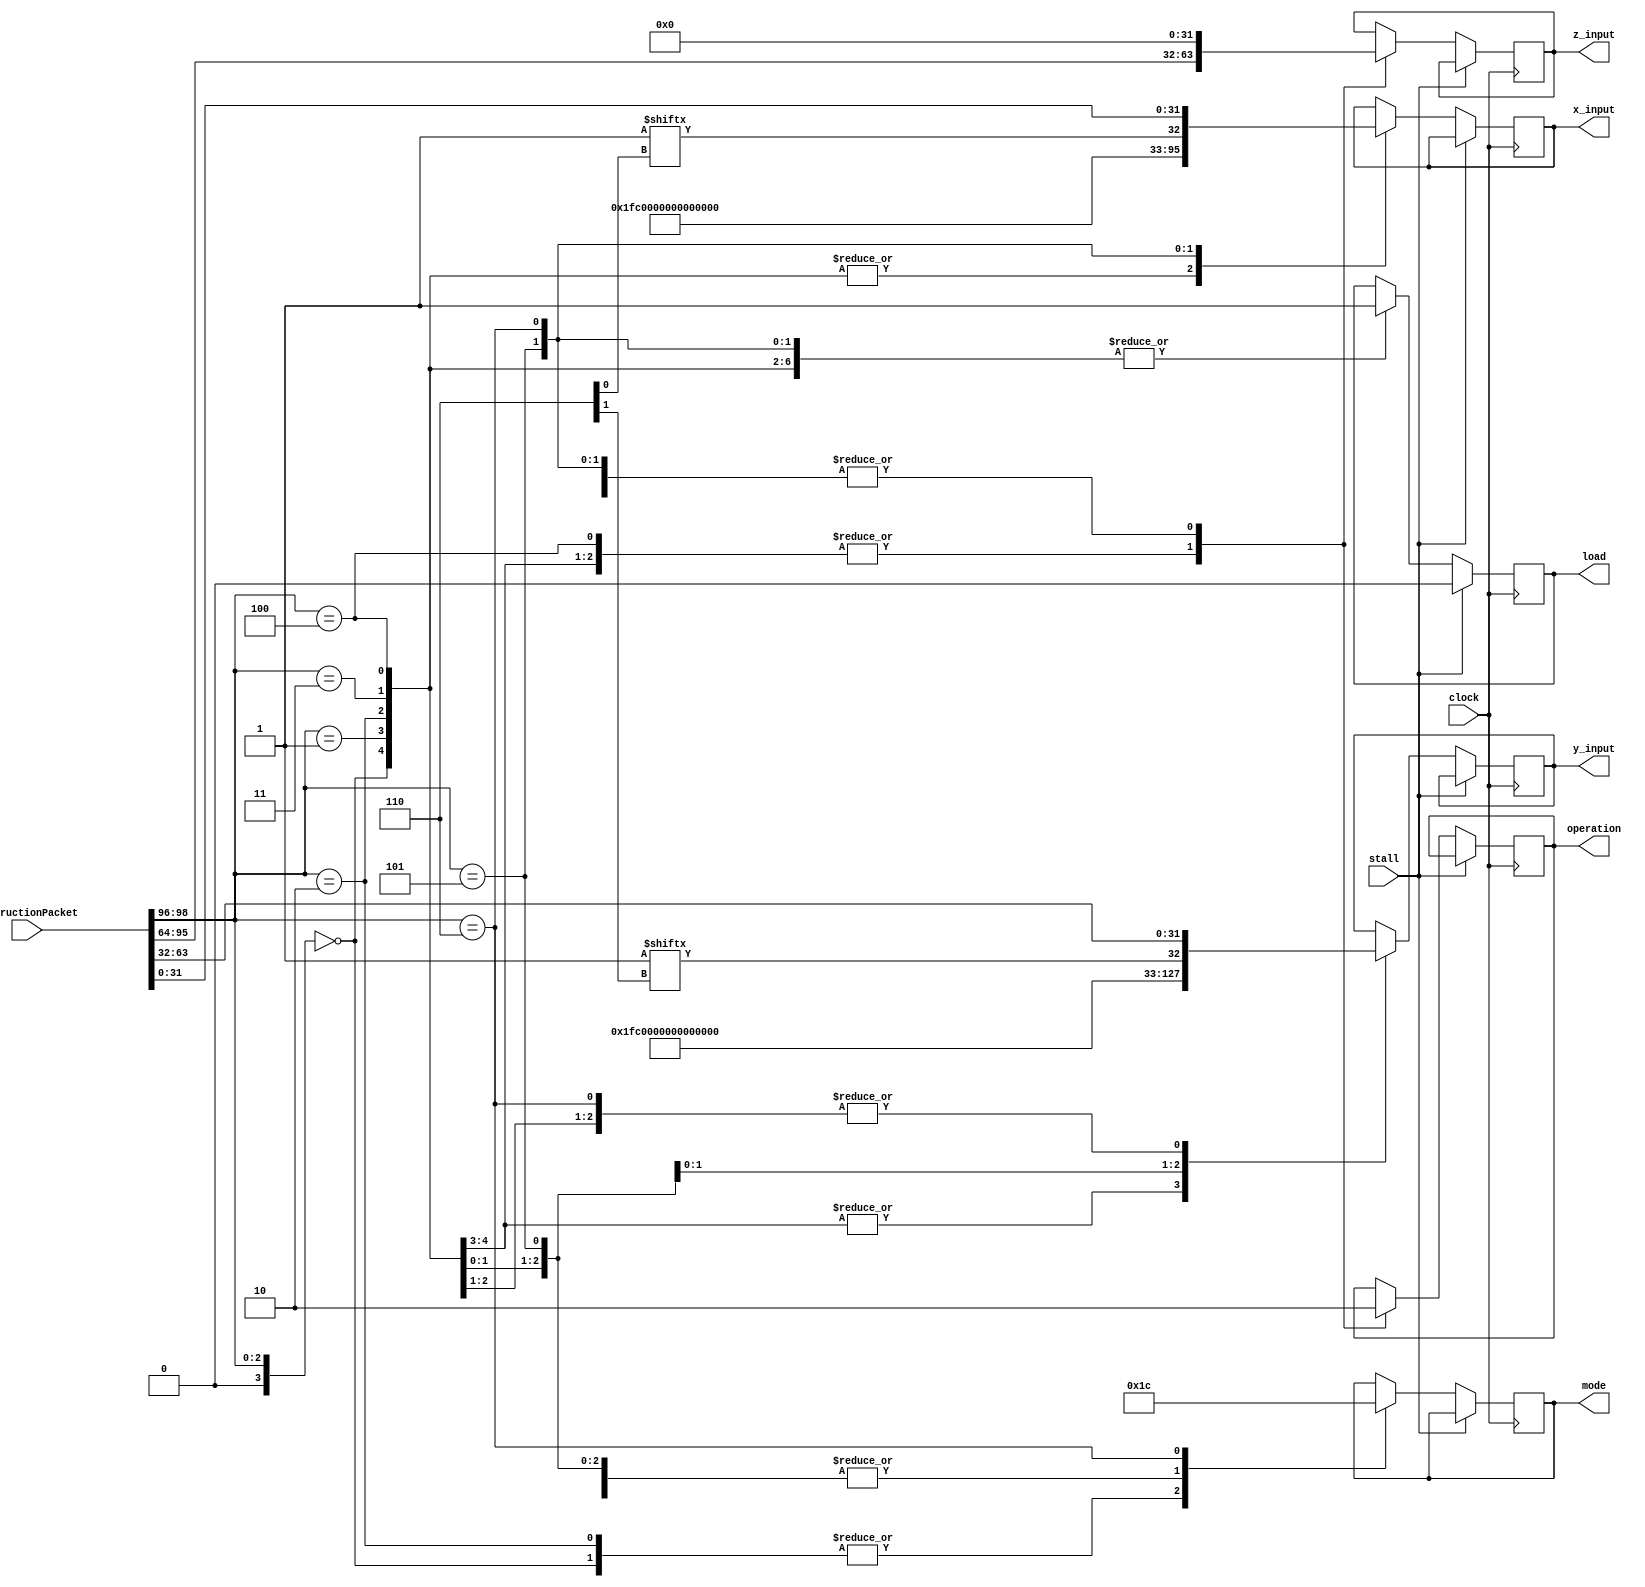
module Fetch_Crude(
    input [98:0] InstructionPacket,
    input clock,
	 input stall,
    output reg [31:0] x_input = 32'h00000000,
    output reg [31:0] y_input = 32'h00000000,
    output reg [31:0] z_input = 32'h00000000,
    output reg [1:0] mode,
    output reg operation,
    output reg load = 1'b0
    );
wire [3:0] Opcode;
wire [31:0] x_processor;
wire [31:0] y_processor;
wire [31:0] z_processor;
assign Opcode = InstructionPacket[98:96];
assign x_processor = InstructionPacket[31:0];
assign y_processor = InstructionPacket[63:32];
assign z_processor = InstructionPacket[95:64];
parameter sin_cos		= 4'd0,
			 sinh_cosh	= 4'd1,
			 arctan		= 4'd2,
			 arctanh		= 4'd3,
			 exp			= 4'd4,
			 sqr_root   = 4'd5,			// This requires pre processing. x = (a+1)/4 and y = (a-1)/4
			 division	= 4'd6,
			 tan			= 4'd7,			// This is iterative. sin_cos followed by division.
			 tanh			= 4'd8,			// This is iterative. sinh_cosh followed by division.
			 nat_log		= 4'd9,			// This requires pre processing. x = (a+1) and y = (a-1)
			 hypotenuse = 4'd10;
parameter vectoring = 1'b0,
			 rotation  = 1'b1;
parameter circular   = 2'b01,
			 linear     = 2'b00,
			 hyperbolic = 2'b11;
always @ (posedge clock)
begin
	if (stall == 1'b0) begin
		case(Opcode)
		sin_cos:
		begin
			mode <= circular;
			operation <= rotation;
			x_input <= 32'h3F800000;
			y_input <= 32'h00000000;
			z_input <= z_processor;
			load <= 1'b1;
		end
		sinh_cosh:
		begin
			mode <= hyperbolic;
			operation <= rotation;
			x_input <= 32'h3F800000;
			y_input <= 32'h00000000;
			z_input <= z_processor;
			load <= 1'b1;
		end
		arctan:
		begin
			mode <= circular;
			operation <= vectoring;
			x_input <= 32'h3F800000;
			y_input <= y_processor;
			z_input <= 32'h00000000;
			load <= 1'b1;
		end
		arctanh:
		begin
			mode <= hyperbolic;
			operation <= vectoring;
			x_input <= 32'h3F800000;
			y_input <= y_processor;
			z_input <= 32'h00000000;
			load <= 1'b1;
		end
		exp:
		begin
			mode <= hyperbolic;
			operation <= rotation;
			x_input <= 32'h3F800000;
			y_input <= 32'h3F800000;
			z_input <= z_processor;
			load <= 1'b1;
		end
		sqr_root:
		begin
			mode <= hyperbolic;
			operation <= vectoring;
			x_input <= Register_File[x_address];
			y_input <= Register_File[y_address];
			z_input <= 32'h00000000;
			load <= 1'b1;
		end
		division:
		begin
			mode <= linear;
			operation <= vectoring;
			x_input <= x_processor;
			y_input <= y_processor;
			z_input <= 32'h00000000;
			load <= 1'b1;
		end
		hypotenuse:
		begin
			mode <= circular;
			operation <= vectoring;
			x_input <= x_processor;
			y_input <= y_processor;
			z_input <= 32'h00000000;
			load <= 1'b1;
		end
		endcase
	end
	else begin
		load <= 1'b0;
	end
end
endmodule